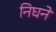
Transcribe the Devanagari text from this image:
निघने